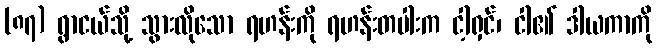
(၈၇) ရွာငယ်သို့ သွားလိုသော ရဟန်းကို ရဟန်းတပါးက ငါ့ရှင်၊ ငါ၏ ဒါယကာကို